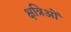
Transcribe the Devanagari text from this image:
क्षत्रिओं